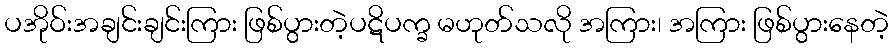
ပအိုဝ်းအချင်းချင်းကြား ဖြစ်ပွားတဲ့ပဋိပက္ခ မဟုတ်သလို အကြား၊ အကြား ဖြစ်ပွားနေတဲ့